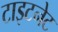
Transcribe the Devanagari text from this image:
टाइटनेट